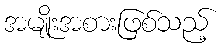
အမျိုးအစားဖြစ်သည့်